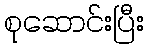
စုဆောင်းပြီး